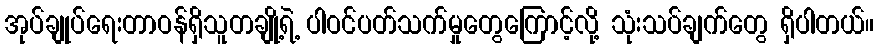
အုပ်ချုပ်ရေးတာဝန်ရှိသူတချို့ရဲ့ ပါဝင်ပတ်သက်မှုတွေကြောင့်လို့ သုံးသပ်ချက်တွေ ရှိပါတယ်။